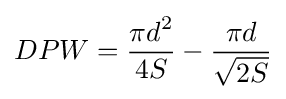
DPW={\frac {\displaystyle \pi d^{2}}{4S}}-{\frac {\displaystyle \pi d}{\sqrt {2S}}}